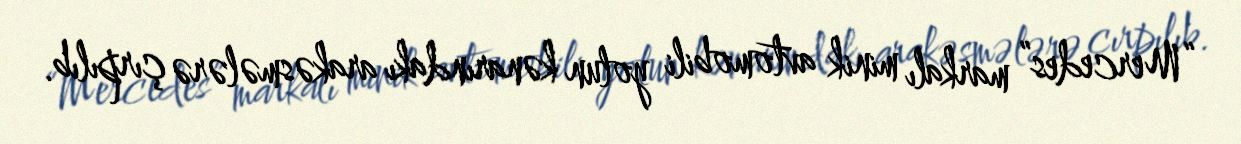
“Mercedes” markalı minik avtomobili yolun kənarındakı arakəsmələrə çırpılıb.